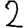
Digit: 2